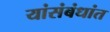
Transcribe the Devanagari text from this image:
यांसंबंधांत